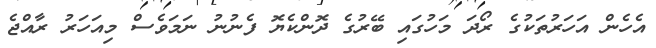
އެހެން އަހަރުތަކުގެ ރޯދަ މަހުގައި ބޭރުގެ ދޮންކެޔޮ ފެނުނު ނަމަވެސް މިއަހަރު ރާއްޖެ